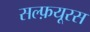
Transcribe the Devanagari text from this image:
सल्फ़यूरस